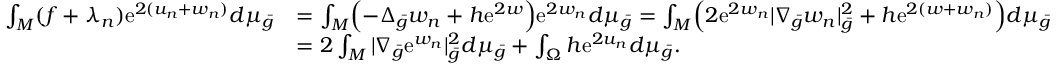
\begin{array} { r l } { \int _ { M } ( f + \lambda _ { n } ) \mathrm { e } ^ { 2 ( u _ { n } + w _ { n } ) } d \mu _ { \bar { g } } } & { = \int _ { M } \Bigl ( - \Delta _ { \bar { g } } w _ { n } + h \mathrm { e } ^ { 2 w } \Bigr ) \mathrm { e } ^ { 2 w _ { n } } d \mu _ { \bar { g } } = \int _ { M } \Bigl ( 2 \mathrm { e } ^ { 2 w _ { n } } | \nabla _ { \bar { g } } w _ { n } | _ { \bar { g } } ^ { 2 } + h \mathrm { e } ^ { 2 ( w + w _ { n } ) } \Bigr ) d \mu _ { \bar { g } } } \\ & { = 2 \int _ { M } | \nabla _ { \bar { g } } \mathrm { e } ^ { w _ { n } } | _ { \bar { g } } ^ { 2 } d \mu _ { \bar { g } } + \int _ { \Omega } h \mathrm { e } ^ { 2 u _ { n } } d \mu _ { \bar { g } } . } \end{array}